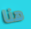
هنا